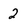
Character: 2